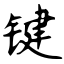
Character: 键